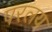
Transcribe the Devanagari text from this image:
परलय